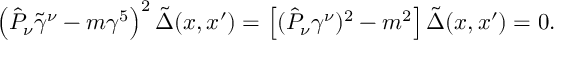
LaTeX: \left( \hat { { \cal P } } _ { \nu } \tilde { \gamma } ^ { \nu } - m \gamma ^ { 5 } \right) ^ { 2 } \tilde { \Delta } ( x , x ^ { \prime } ) = \left[ ( \hat { { \cal P } } _ { \nu } \gamma ^ { \nu } ) ^ { 2 } - m ^ { 2 } \right] \tilde { \Delta } ( x , x ^ { \prime } ) = 0 .